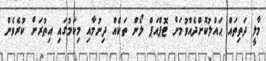
މާލީ ދަތިތައް ޙައްލުކޮށްދެއްވުމަށް ޓޮޕްއަޕް ލޯން ތަކެއް ދިނުމާއި މިކަމުގައި އިތުރަށް ކުރެވެން